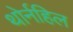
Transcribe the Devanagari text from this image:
थोर्नहिल